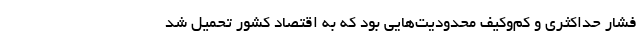
فشار حداکثری و کم‌وکیف محدودیت‌هایی بود که به اقتصاد کشور تحمیل شد